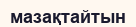
мазақтайтын